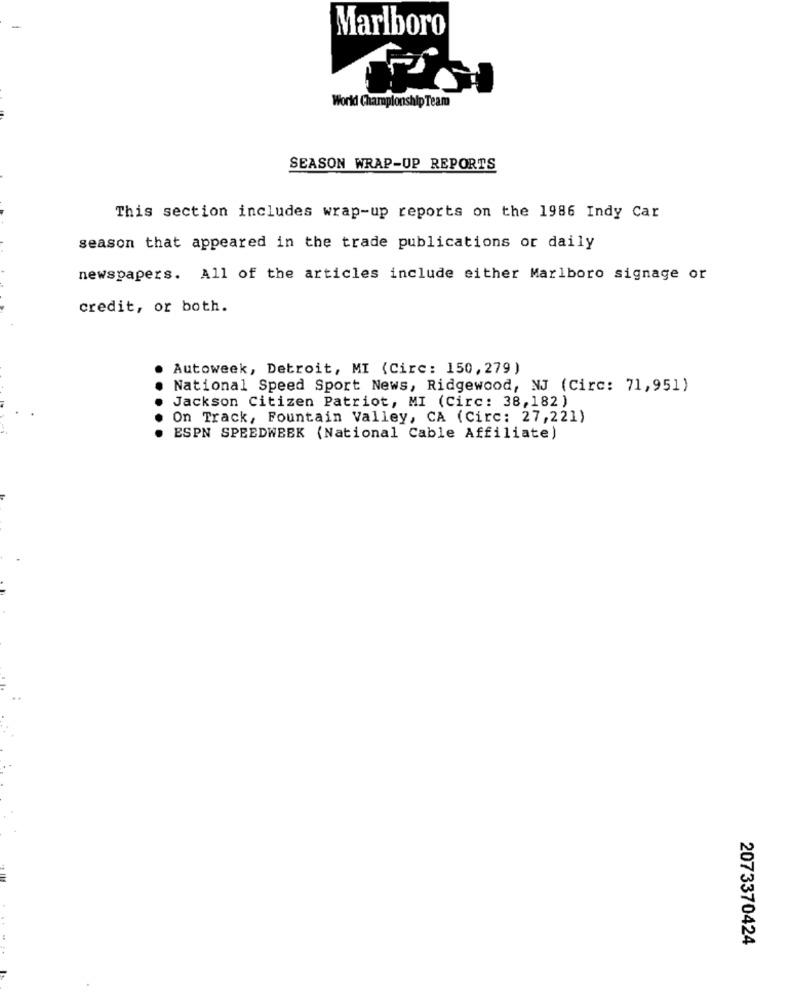
Marlboro
World Championship Team
SEASON WRAP-UP REPORTS
This section includes wrap-up reports on the 1986 Indy Car
season that appeared in the trade publications or daily
newspapers. All of the articles include either Marlboro signage or
credit, or both.
Autoweek, Detroit, MI (Circ: 150, 279)
National Speed Sport News, Ridgewood, NJ (Circ: 71,951)
Jackson Citizen Patriot, MI (Circ: 38,182 )
On Track, Fountain Valley, CA (Circ: 27,221)
. ESPN SPEEDWEEK (National Cable Affiliate)
2073370424